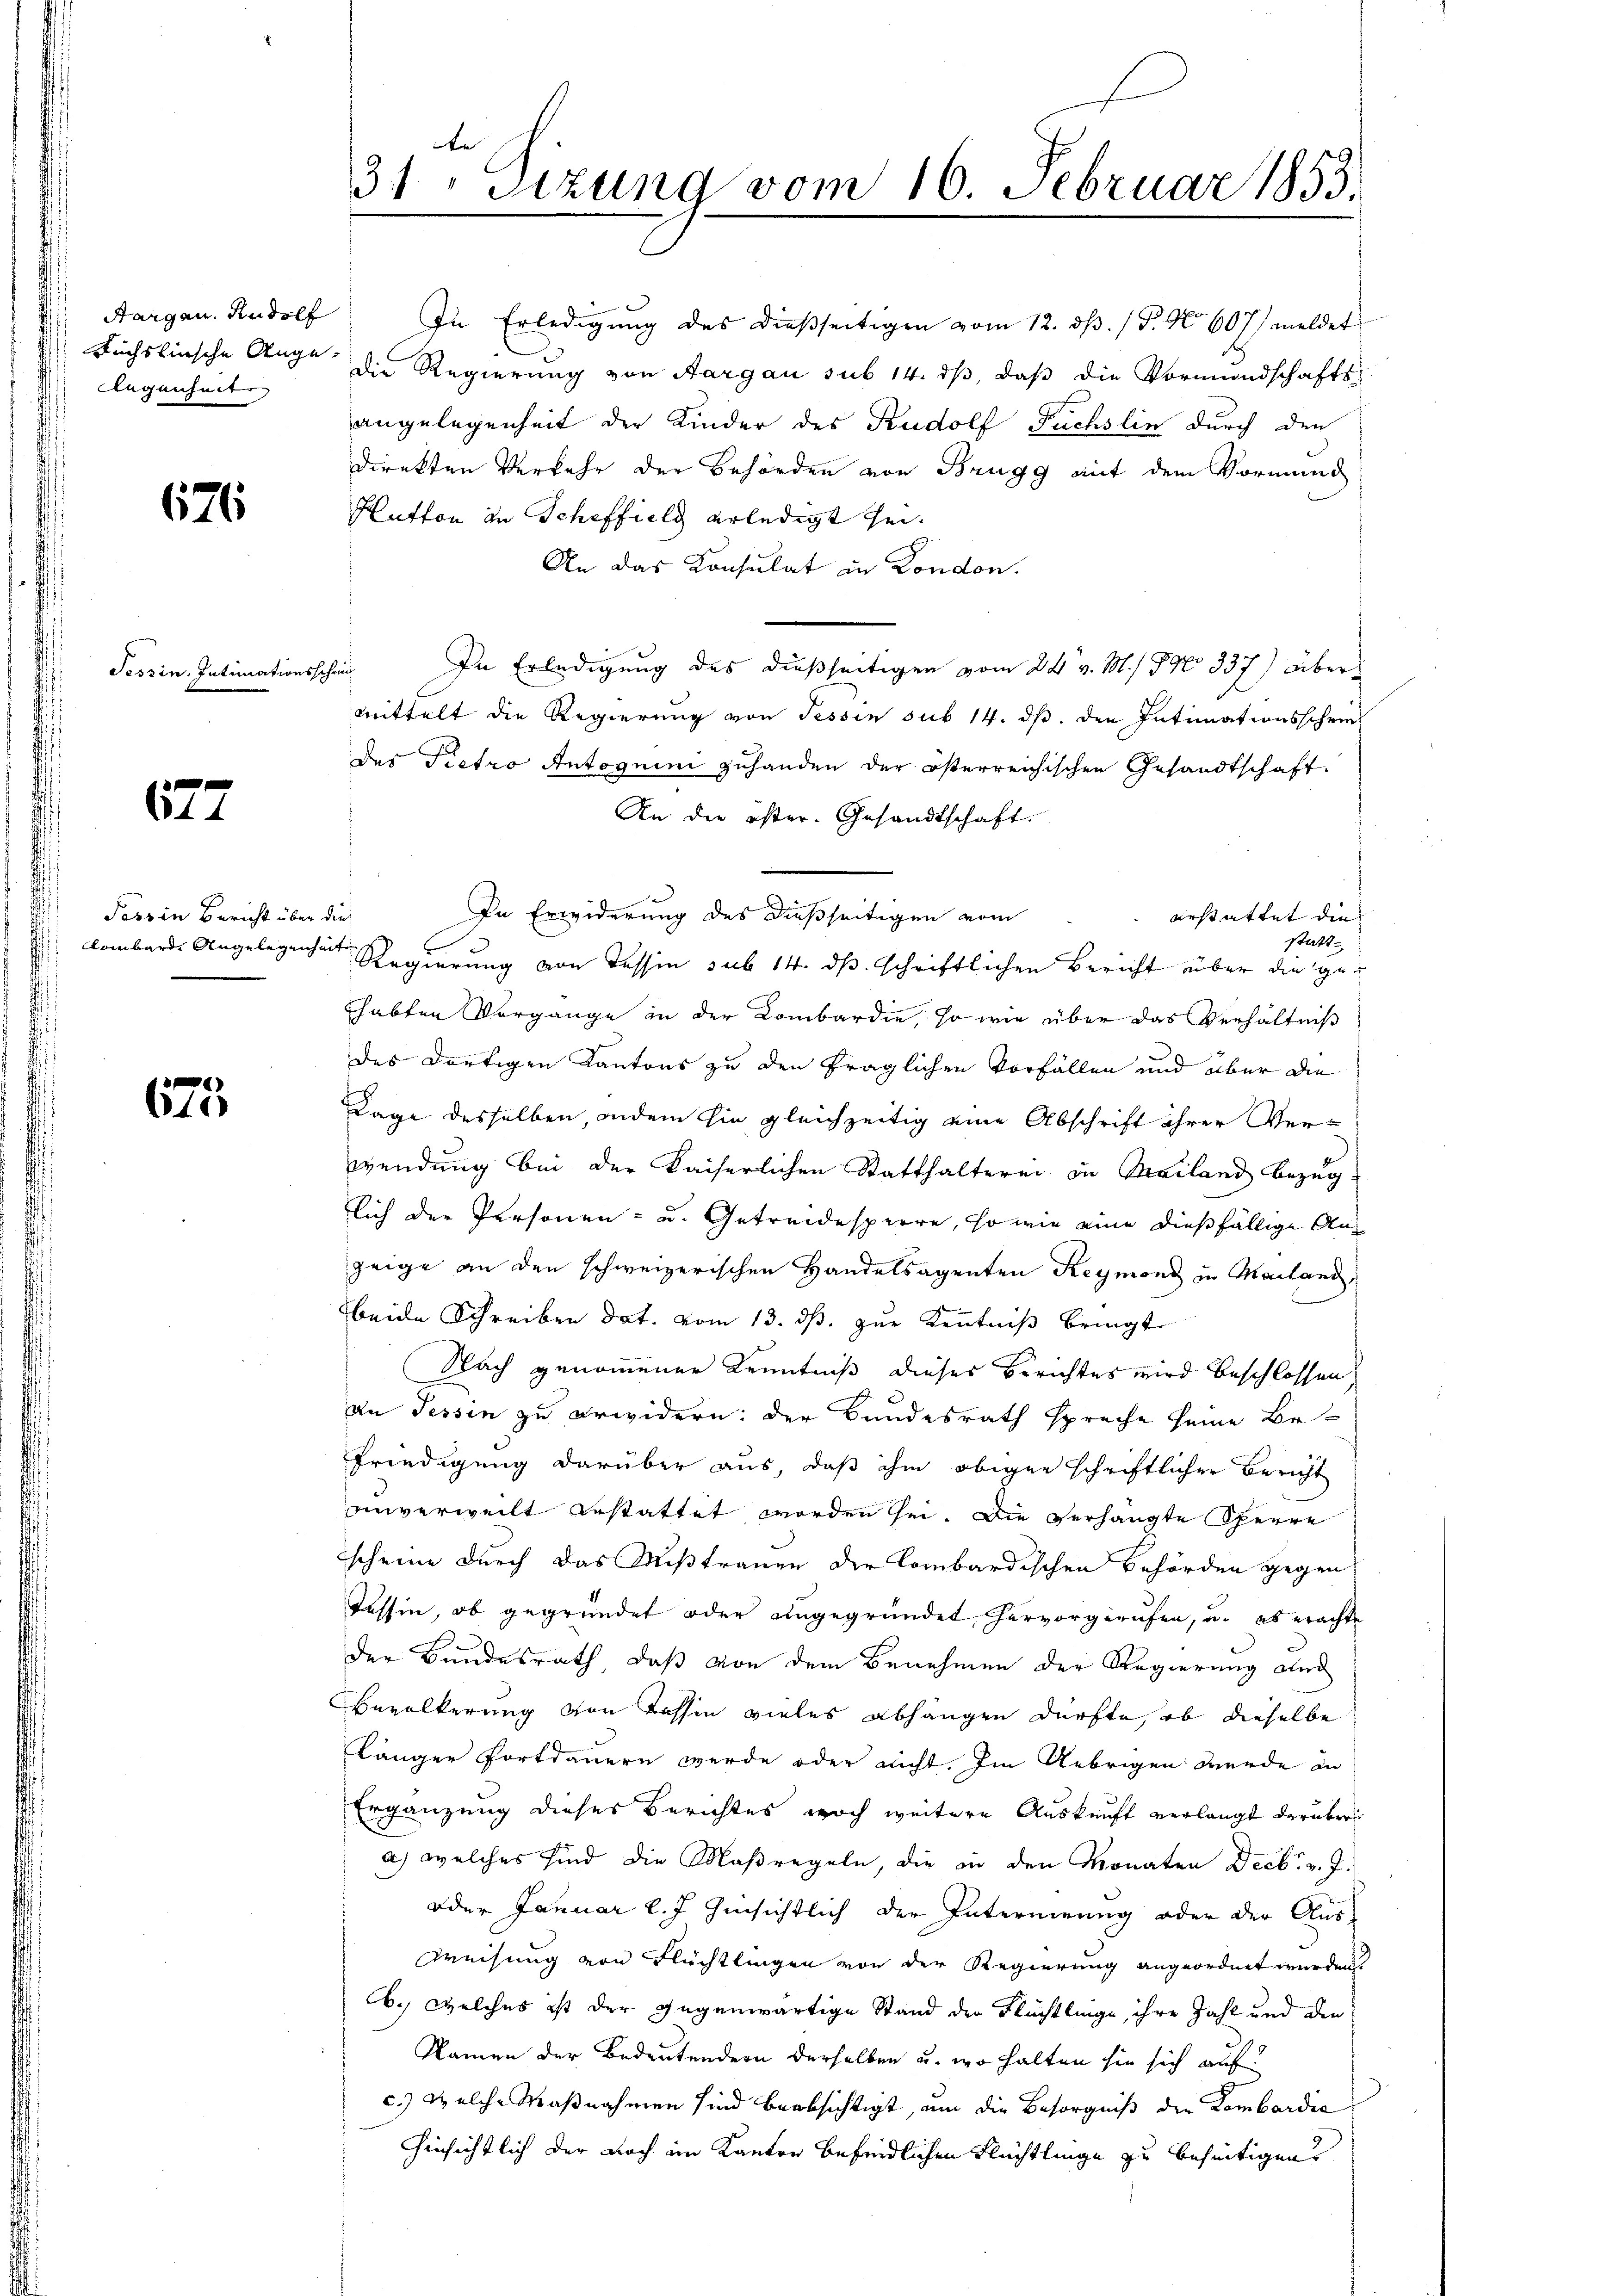
Aargau. Rudolf
Gegenheite

676

Tessin, Intimationsschen

677

Tessin Bericht über die
Lombardi Angelegenheit

s
611)

¬
31 Sitzung vom 16. Februar 1853.

In Erledigung des dießseitigen vom 12. ds. (T. No 607 meldet
Fuchslinsche Auge die Regierung von Aargau sub 14. ds, daß die Vormundschafts-
angelegenheit der Kinder des Rudolf Fuchslin durch den
direkten Verkehr der Behörden von Brugg mit dem Vormund
Hutton in Scheffield erledigt sei.
An das Konsulat in London.
In Erledigung des dießseitigen vom 24. v. M. / 9 No 337) Übermittelt die Regierung von Tessin sub 14. ds. den Intimationsschein
des Pietro Antoguini zuhanden der österreichischen Gesandtschaft
An die öster. Gesandtschaft.
In Erwiderung des dießseitigen vom
 erstattet die
statt
Regierung von Tessin sub 14. ds. schriftlichen Bericht über die gehabten Vorgange in der Kombardie, so wie über das Verhältniß
des dortigen Kantons zu den fraglichen Vorfällen und über die
Lage desselben, indem sie gleichzeitig eine Abschrift ihrer Verwendung bei der Kaiserlichen Statthalterei in Mailand Bezug
lich der Personen- u. Getreidesperre, so wie eine dießfällige Anzeige an den schweizerischen Handelsagenten Reymond in Mailand,
beide Schreiben dat. vom 13. ds. zur Kenntniß bringt
Nach genommener Kenntniß dieses Berichtes wird beschlossen,
an Tessin zu erwidern: der Bundesrath spreche seine Be
Friedigung darüber aus, daß ihm obigen schriftlicher Bericht
unverweilt bestattet worden sei. Die verhängte Sperre
scheine durch das Mißtrauen der Combardischen Behörden gegen
Tessin, ob gegründet oder angegründet hervorgerufen, u. es erachte
der Bundesrath, daß von dem Benehmen der Regierung and
Bevölkerung von Tessin vieles abhängen dürfte, ob dieselbe
Länger fortdauern werde oder nicht. Im Uebrigen wurde in
Ergänzung dieses Berichtes woch weitere Auskunft verlangt darüber
a) welches sind die Maßregeln, die in den Monaten Decbr. v. J.
oder Januar l. J. hinsichtlich der Interneung oder der Aus¬
Weisung von Flüchtlingen von der Regierung angeordnet werden.
b. welches ist der gegenwärtige Stand der Flüchtlinge, ihre Zahl und die
Namen der Bedeutendern derselben u. wo halten sie sich auf
c.) welche Maßnahmen sind beabsichtigt, um die Besorgniß der Lombardia
hinsichtlich der noch im Kanton befindlichen Flüchtlinge zu beseitigen.